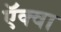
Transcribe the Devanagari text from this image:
ऍक्वा